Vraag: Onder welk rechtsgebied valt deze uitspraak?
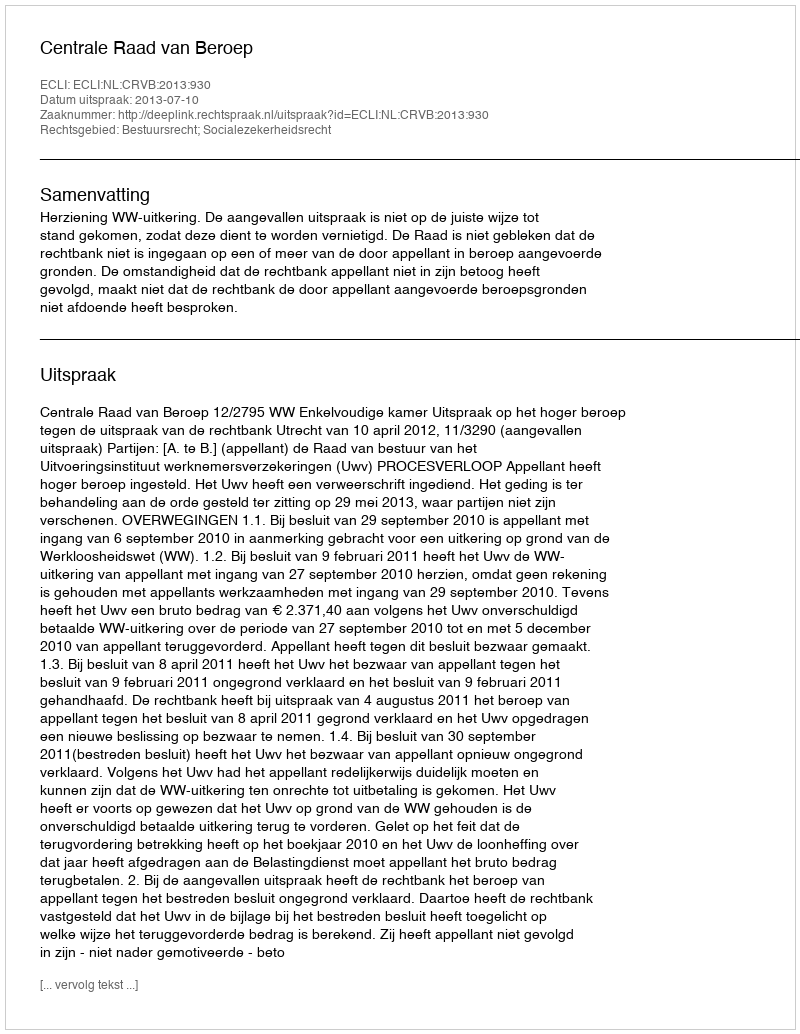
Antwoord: Bestuursrecht; Socialezekerheidsrecht